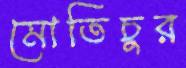
মোতিচুর